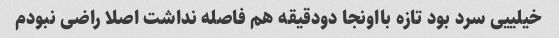
خیلییی سرد بود تازه بااونجا دودقیقه هم فاصله نداشت اصلا راضی نبودم